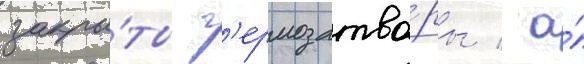
закры́ты г'ермозатво́ры / а́